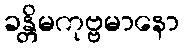
ခန္တိမကုဗ္ဗမာနော